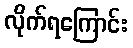
လိုက်ရကြောင်း